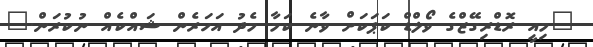
"މިއީ ރޮޑްރިގޭޒްގެ ވޯލްޑް ކަޕަކަށް ވާނެ ކަމާ މެދު އަހަރެން ޝައްކެއް ނުކުރަން."